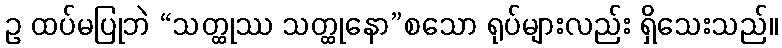
ဥ ထပ်မပြုဘဲ “သတ္ထုဿ သတ္ထုနော”စသော ရုပ်များလည်း ရှိသေးသည်။